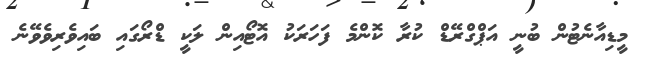
މީޑިއާނެޓުން ބުނީ އަޕްގްރޭޑް ކުރާ ކޮންމެ ފަހަރަކު އޮޓޯއިން ލަކީ ޑްރޯގައި ބައިވެރިވެވޭނެ